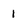
Character: 1